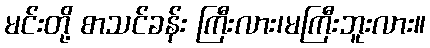
မင်းတို့ စာသင်ခန်း ကြီးလား၊မကြီးဘူးလား။